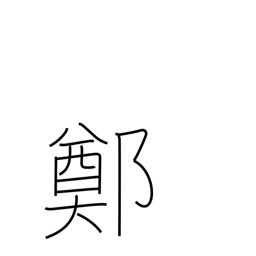
Meaning: an ancient Chinese province